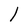
Character: l